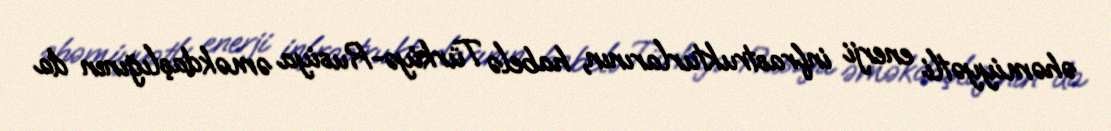
əhəmiyyətli enerji infrastrukturlarının, habelə Türkiyə-Rusiya əməkdaşlığının da